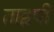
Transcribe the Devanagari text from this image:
ताइपी